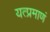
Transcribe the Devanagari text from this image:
यत्प्रमाणं